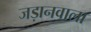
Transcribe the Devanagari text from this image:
जड़ानवाला